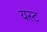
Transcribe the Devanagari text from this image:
यस्ट